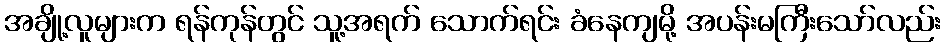
အချို့လူများက ရန်ကုန်တွင် သူ့အရက် သောက်ရင်း ခံနေကျမို့ အပန်းမကြီးသော်လည်း